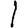
Digit: 1